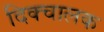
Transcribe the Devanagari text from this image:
दिक्चालक